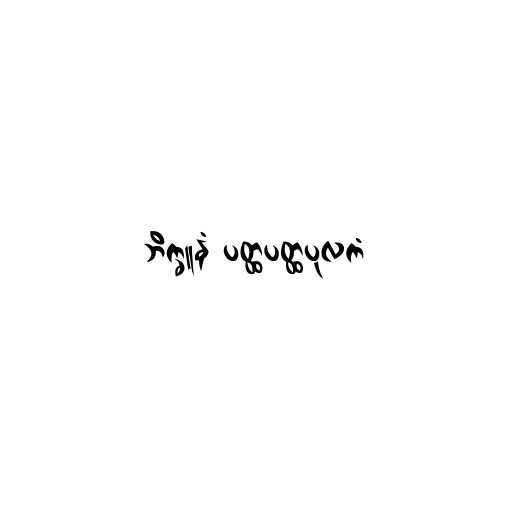
ဘိက္ခူနံ ပတ္ထပတ္ထပုလကံ